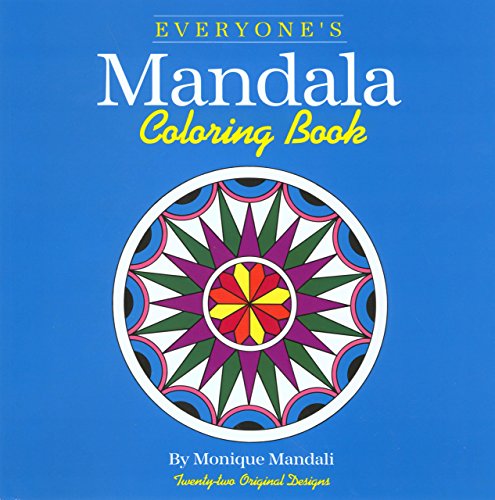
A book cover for Everyone's Mandala Coloring Book (Volume 1); Monique Mandali; Crafts, Hobbies & Home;